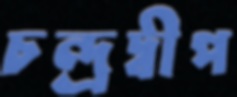
চন্দ্রদ্বীপ